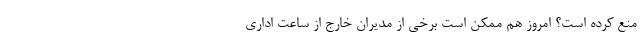
منع کرده است؟ امروز هم ممکن است برخی از مدیران خارج از ساعت اداری